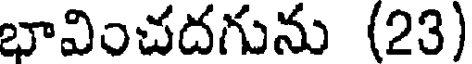
భావించదగును (23)